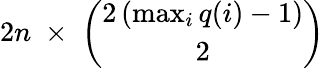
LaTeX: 2n\; \times\; {\binom{2\left(\operatorname*{max}_{i}{q(i)}-1\right)}{2}}